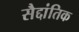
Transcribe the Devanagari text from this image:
सैद्दांतिक